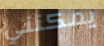
يمكنني